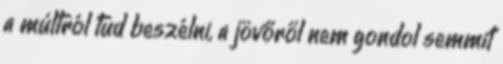
a múltról tud beszélni, a jövőről nem gondol semmit